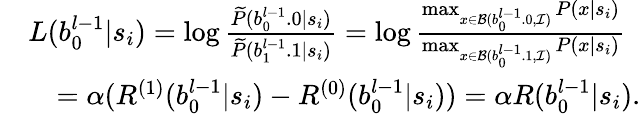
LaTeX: \begin{array}{rl}&{L(b_{0}^{l-1}|s_{i})=\log\frac{\widetilde P(b_{0}^{l-1}.0|s_{i})}{\widetilde P(b_{1}^{l-1}.1|s_{i})}=\log\frac{\operatorname*{max}_{x\in{\mathcal{B}(b_{0}^{l-1}.0,\mathcal{I})}}P(x|s_{i})}{\operatorname*{max}_{x\in{\mathcal{B}(b_{0}^{l-1}.1,\mathcal{I})}}P(x|s_{i})}}\\ &{\quad=\alpha(R^{(1)}(b_{0}^{l-1}|s_{i})-R^{(0)}(b_{0}^{l-1}|s_{i}))=\alpha R(b_{0}^{l-1}|s_{i}).}\end{array}